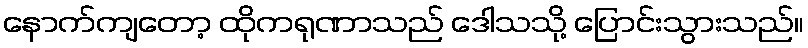
နောက်ကျတော့ ထိုကရုဏာသည် ဒေါသသို့ ပြောင်းသွားသည်။